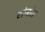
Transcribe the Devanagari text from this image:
संजोत